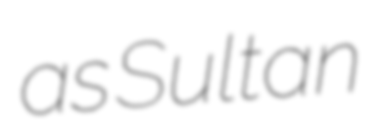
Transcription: as Sultan